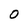
Character: 0